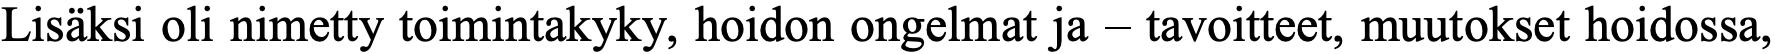
Lisäksi oli nimetty toimintakyky, hoidon ongelmat ja – tavoitteet, muutokset hoidossa,